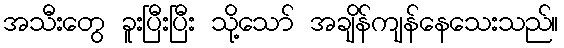
အသီးတွေ ခူးပြီးပြီး သို့သော် အချိန်ကျန်နေသေးသည်။